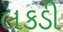
લકડી